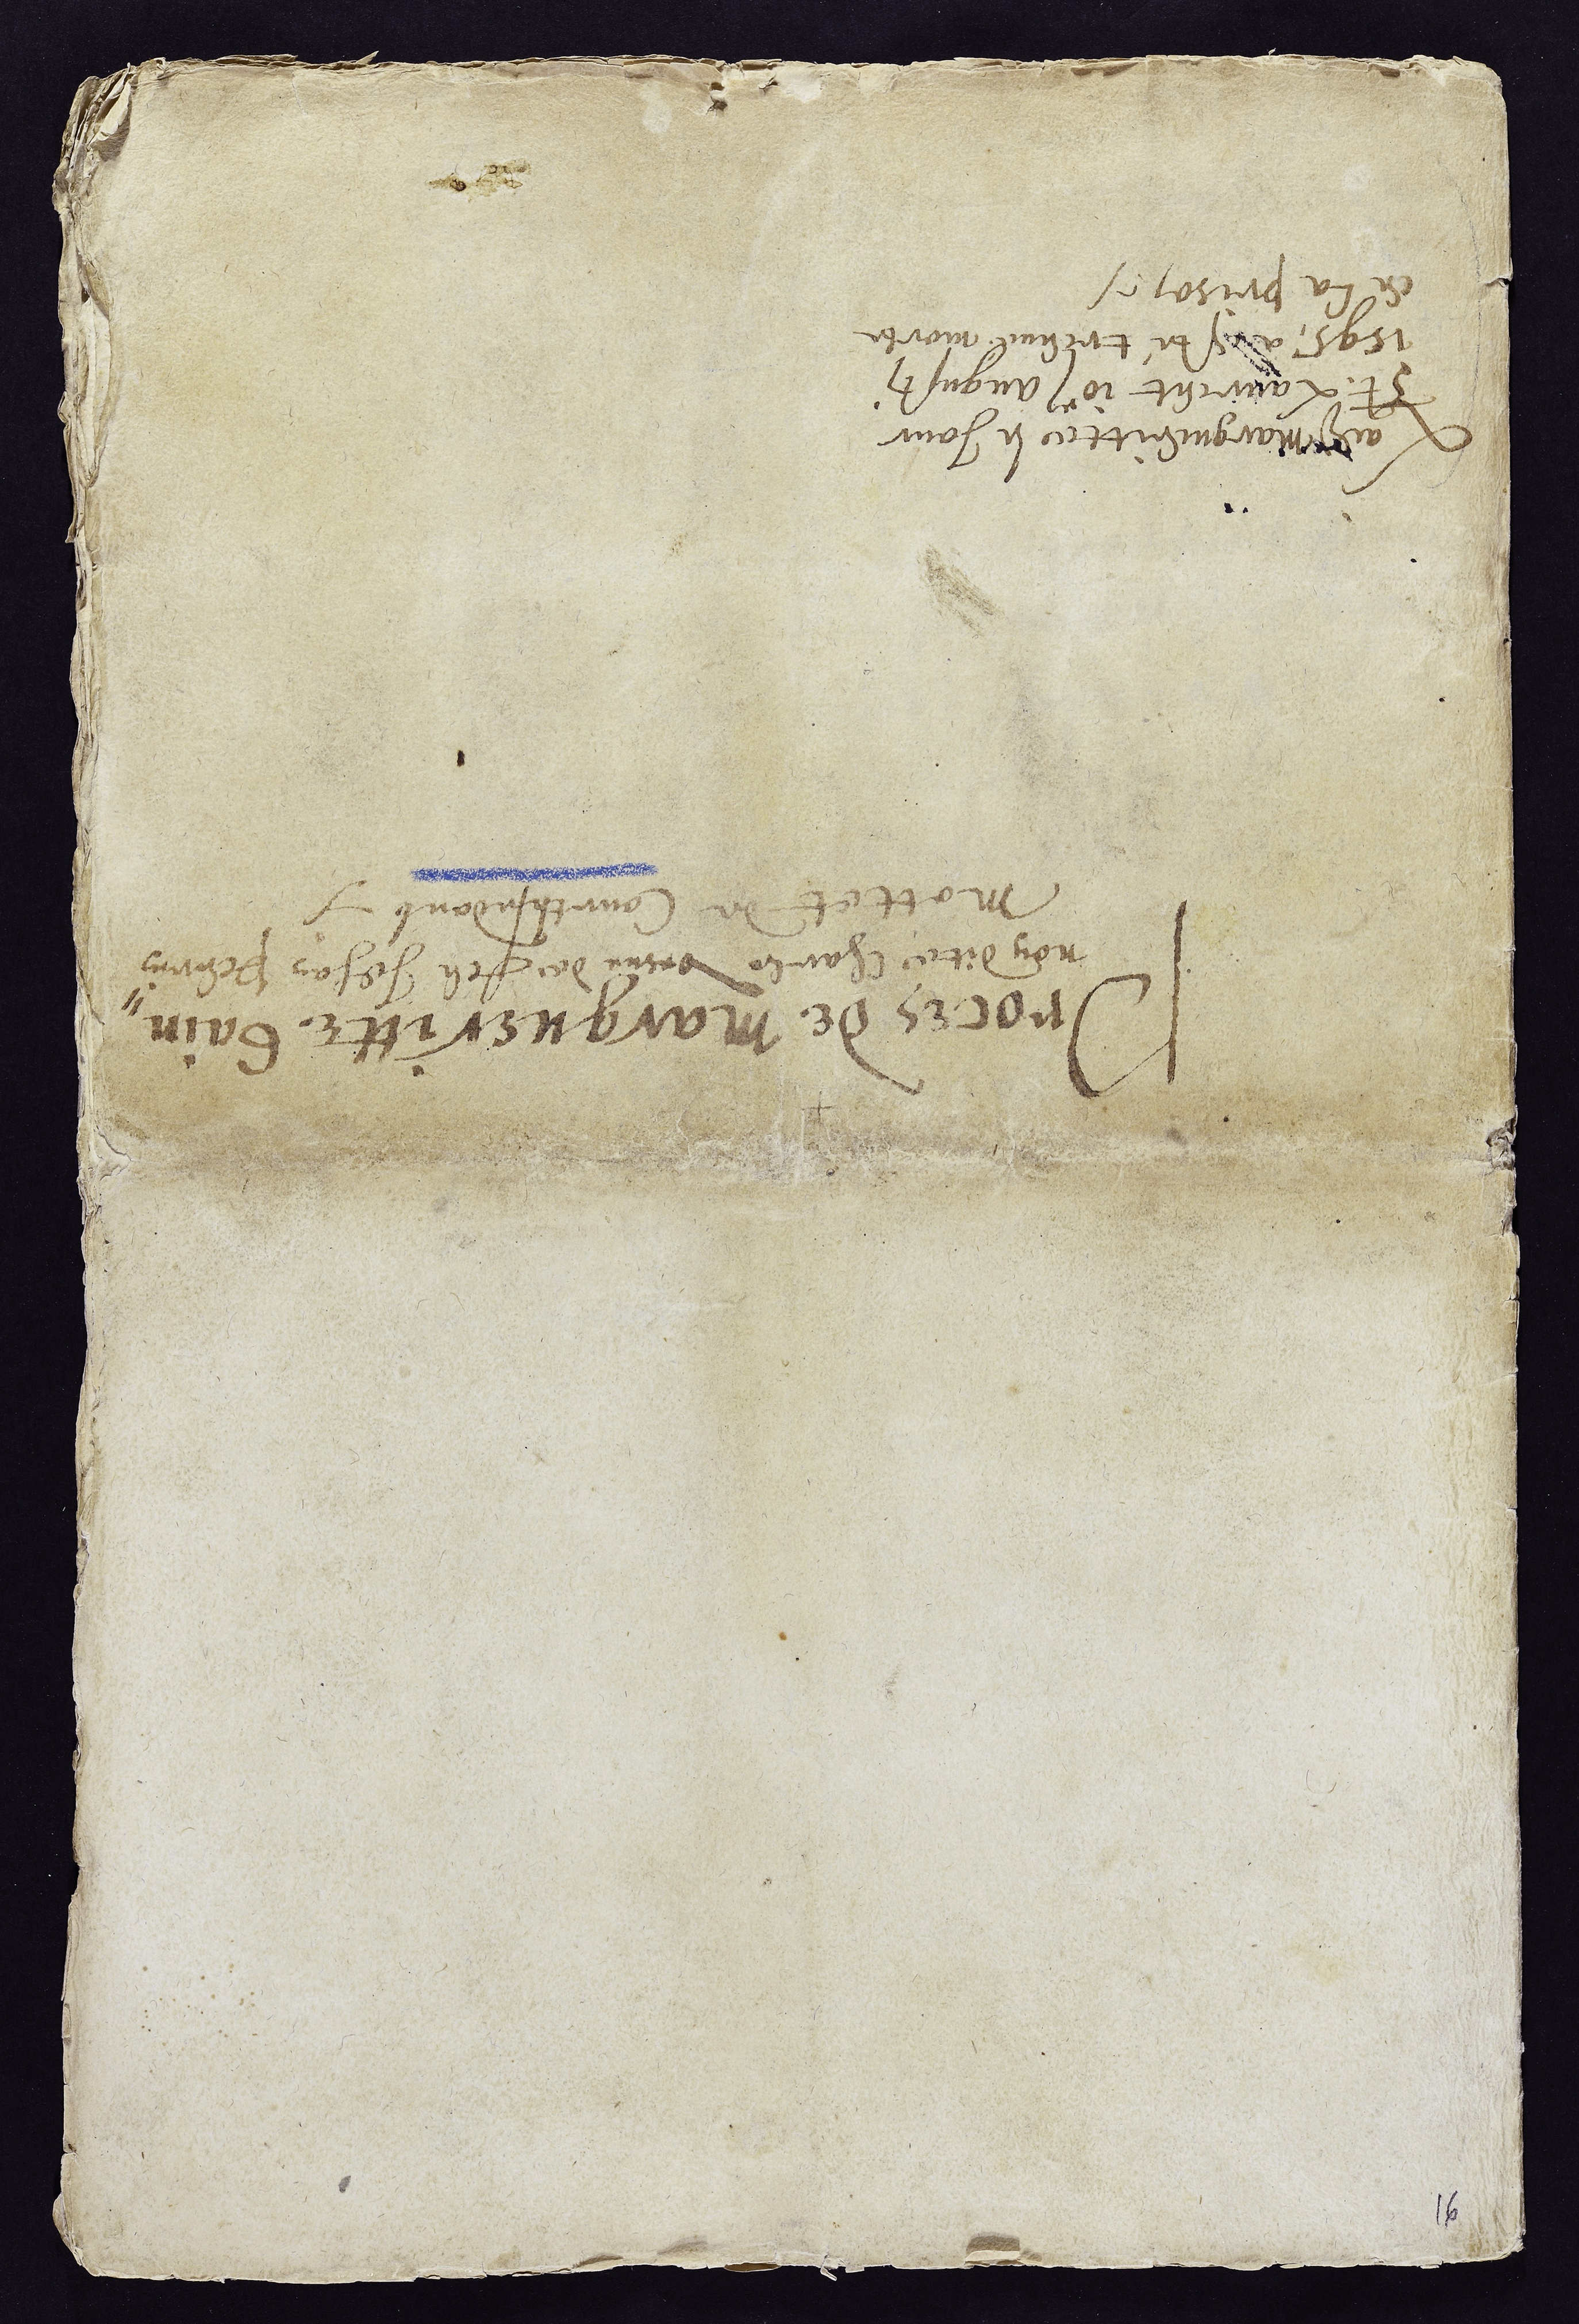
Proces de Margueritte Gain-
non dite charle vesve de feu Jehan Perrin
Mottet de Courtedoub
Ladite Margueritte le Jour
St. Laurent 10e augusti
1595 a esté treuvé morte
en la prison